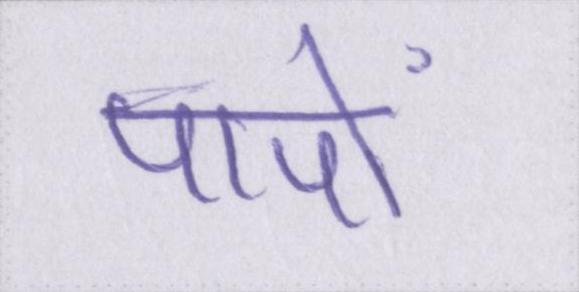
पापों